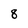
Character: 8